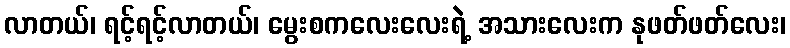
လာတယ်၊ ရင့်ရင့်လာတယ်၊ မွေးစကလေးလေးရဲ့ အသားလေးက နုဖတ်ဖတ်လေး၊